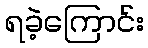
ရခဲ့ကြောင်း